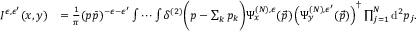
\begin{array} { r l } { I ^ { \epsilon , \epsilon ^ { \prime } } ( x , y ) } & { = \frac 1 \pi ( p \bar { p } ) ^ { - \epsilon - \epsilon ^ { \prime } } \idotsint \delta ^ { ( 2 ) } \bigg ( p - \sum _ { k } p _ { k } \bigg ) \Psi _ { x } ^ { ( N ) , \epsilon } ( \vec { p } ) \left( \Psi _ { y } ^ { ( N ) , \epsilon ^ { \prime } } ( \vec { p } ) \right) ^ { \dagger } \prod _ { j = 1 } ^ { N } \mathrm { d } ^ { 2 } p _ { j } . } \end{array}